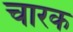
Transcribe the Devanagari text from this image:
चारक